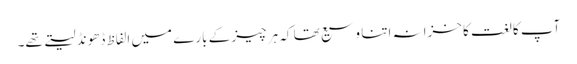
آپ کا لغت کا خزانہ اتنا وسیع تھا کہ ہر چیز کے بارے میں الفاظ ڈھونڈ لیتے تھے۔